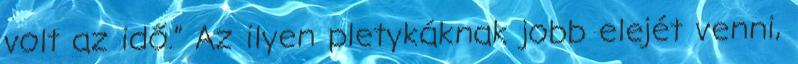
volt az idő.” Az ilyen pletykáknak jobb elejét venni,